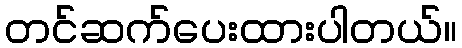
တင်ဆက်ပေးထားပါတယ်။